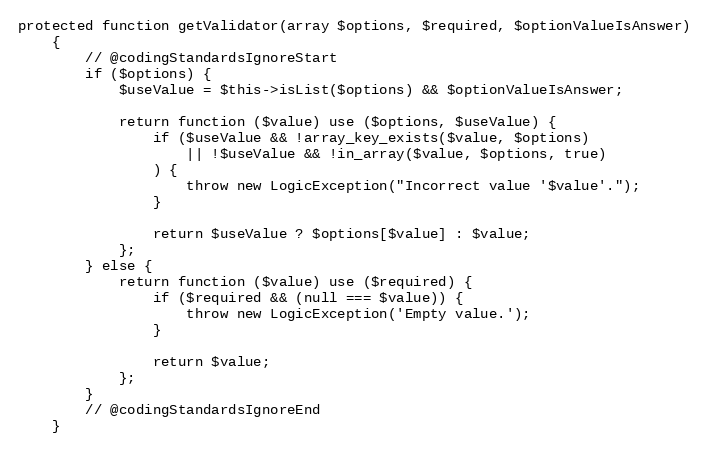
Language: PHP
protected function getValidator(array $options, $required, $optionValueIsAnswer)
    {
        // @codingStandardsIgnoreStart
        if ($options) {
            $useValue = $this->isList($options) && $optionValueIsAnswer;

            return function ($value) use ($options, $useValue) {
                if ($useValue && !array_key_exists($value, $options)
                    || !$useValue && !in_array($value, $options, true)
                ) {
                    throw new LogicException("Incorrect value '$value'.");
                }

                return $useValue ? $options[$value] : $value;
            };
        } else {
            return function ($value) use ($required) {
                if ($required && (null === $value)) {
                    throw new LogicException('Empty value.');
                }

                return $value;
            };
        }
        // @codingStandardsIgnoreEnd
    }